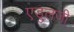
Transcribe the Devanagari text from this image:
एडुलजी